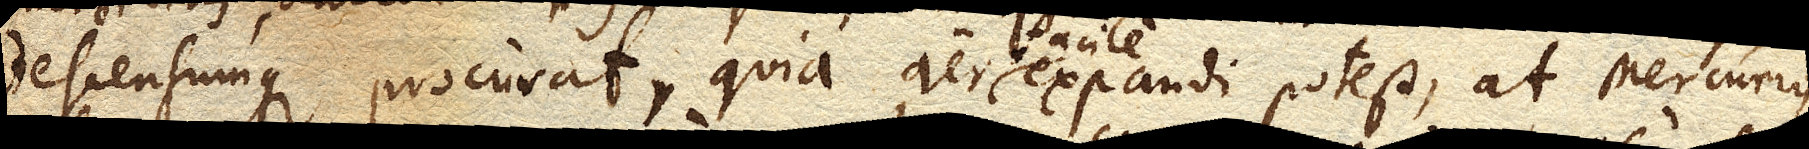
descensumque procurat, quia aer facile expandi potest, at Mercurius